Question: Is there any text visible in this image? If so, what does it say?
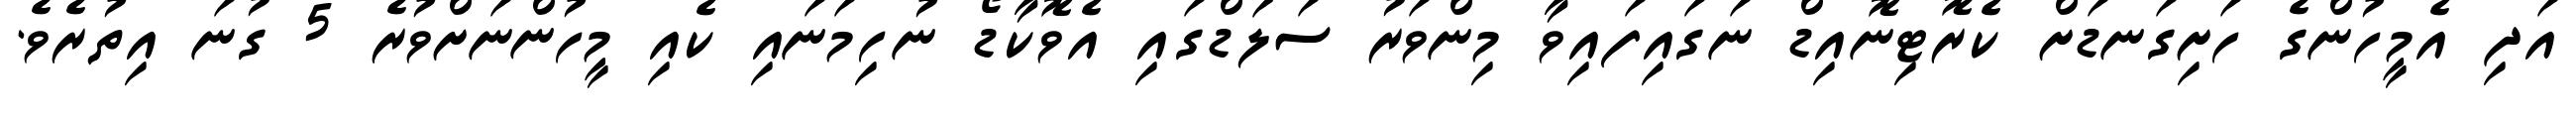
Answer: އަދި އެމީހުންގެ ހަށިގަނޑަށް ކެރޮޓިނޮއިޑް ނަގައިފައިވާ މިންވަރު ސަލަޑްގައި އެވޮކާޑޯ ނުހިމަނައި ކެއި މީހުންނަށްވުރެ 5 ގުނަ އިތުރެވެ.